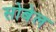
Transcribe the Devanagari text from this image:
सोबेल